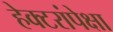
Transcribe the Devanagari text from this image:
हेक्टरांपेक्षा